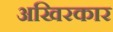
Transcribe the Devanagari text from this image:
अखिरकार